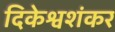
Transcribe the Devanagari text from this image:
दिकेश्वशंकर